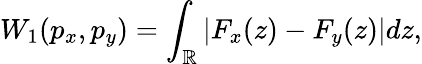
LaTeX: W_{1}(p_{x},p_{y})=\int_{\mathbb{R}}|F_{x}(z)-F_{y}(z)|dz,